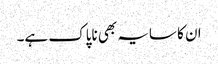
ان کا سایہ بھی ناپاک ہے۔